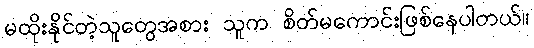
မထိုးနိုင်တဲ့သူတွေအစား သူက စိတ်မကောင်းဖြစ်နေပါတယ်။